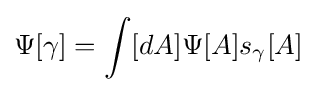
\Psi [\gamma ]=\int [dA]\Psi [A]s_{\gamma }[A]